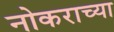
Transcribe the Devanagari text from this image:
नोकराच्या